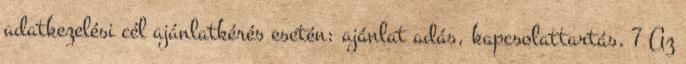
adatkezelési cél ajánlatkérés esetén: ajánlat adás, kapcsolattartás. 7 Az